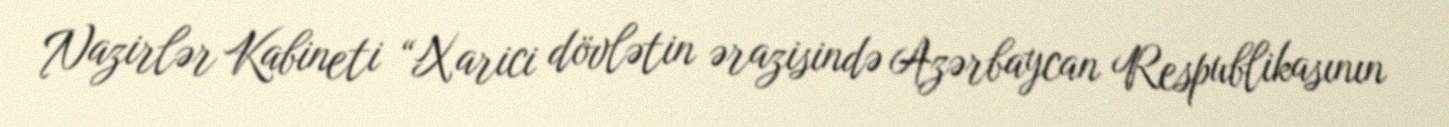
Nazirlər Kabineti “Xarici dövlətin ərazisində Azərbaycan Respublikasının